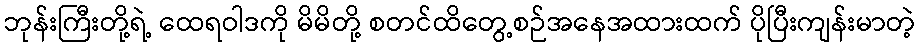
ဘုန်းကြီးတို့ရဲ့ ထေရဝါဒကို မိမိတို့ စတင်ထိတွေ့စဉ်အနေအထားထက် ပိုပြီးကျန်းမာတဲ့